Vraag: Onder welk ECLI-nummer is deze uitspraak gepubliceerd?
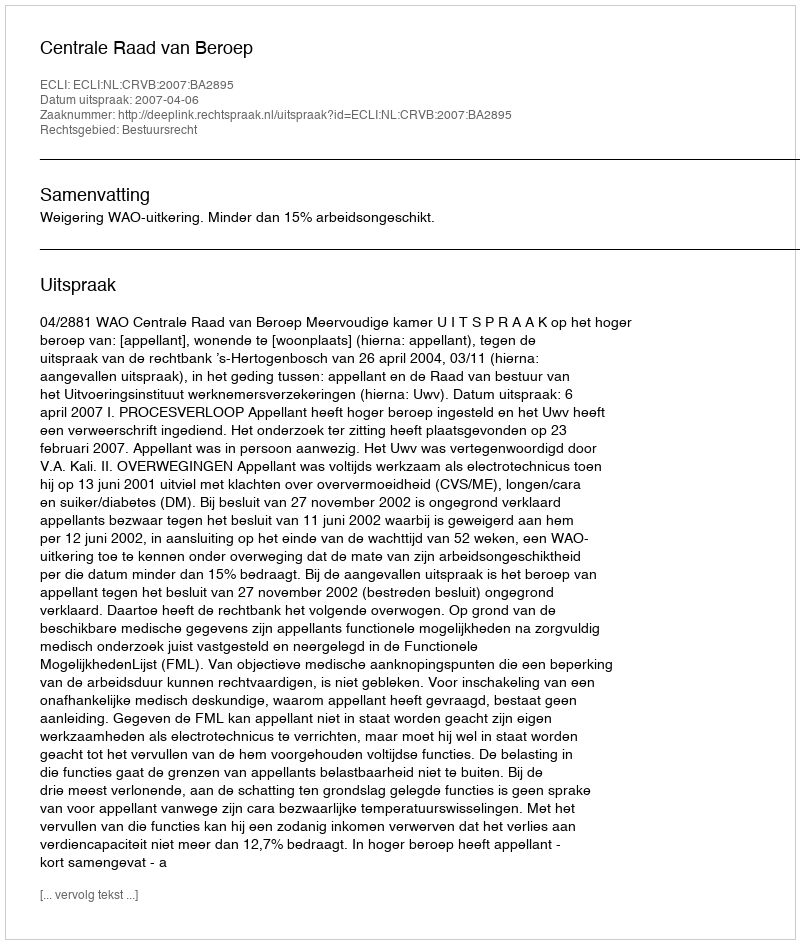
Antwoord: ECLI:NL:CRVB:2007:BA2895